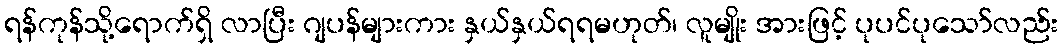
ရန်ကုန်သို့ရောက်ရှိ လာပြီး ဂျပန်များကား နှယ်နှယ်ရရမဟုတ်၊ လူမျိုး အားဖြင့် ပုပင်ပုသော်လည်း